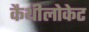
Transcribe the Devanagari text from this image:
कैथीलोकेट